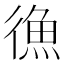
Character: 𪫔